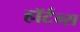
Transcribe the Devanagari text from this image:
हॉर्टन्स